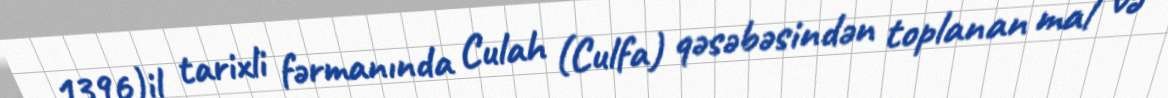
1396)il tarixli fərmanında Culah (Culfa) qəsəbəsindən toplanan mal və